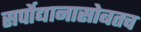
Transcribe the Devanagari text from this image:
सर्पोद्यानासोबतच